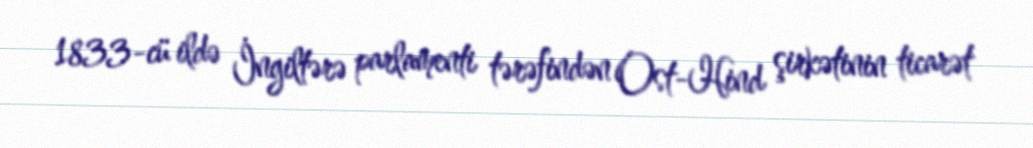
1833-cü ildə İngiltərə parlamenti tərəfindən Ost-Hind şirkətinin ticarət